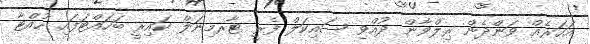
އަހަރެއް ވަންދެން ރިލްވާން ދުއްވި ސައިކަލް ފެރީ ޓާރމިނަލް ކައިރީ ބަހައްޓަފައި ހުއްޓާ